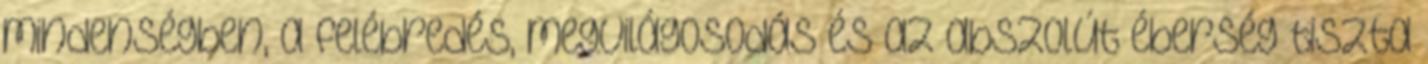
mindenségben, a felébredés, megvilágosodás és az abszolút éberség tiszta